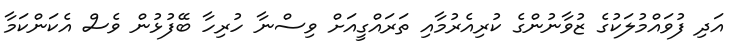
އަދި ފުވައްމުލަކުގެ ޒުވާނުންގެ ކުރިއެރުމާއި ތަރައްގީއަށް ވިސްނާ ހުރިހާ ބޭފުޅުން ވެސް އެކަންކަމާ